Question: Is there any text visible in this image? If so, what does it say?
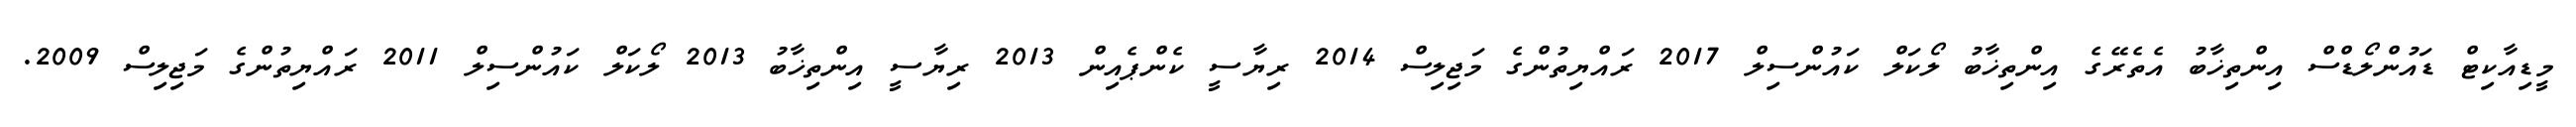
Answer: މީޑިއާކިޓް ޑައުންލޯޑްސް އިންތިޚާބު އެތެރޭގެ އިންތިޚާބު ލޯކަލް ކައުންސިލް 2017 ރައްޔިތުންގެ މަޖިލިސް 2014 ރިޔާސީ ކެންޕެއިން 2013 ރިޔާސީ އިންތިޚާބު 2013 ލޯކަލް ކައުންސިލް 2011 ރައްޔިތުންގެ މަޖިލިސް 2009.